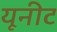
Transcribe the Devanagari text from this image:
यूनीट